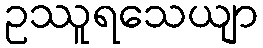
ဥဿူရသေယျာ